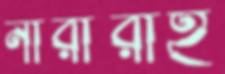
নারীরাই